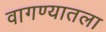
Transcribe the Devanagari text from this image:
वागण्यातला